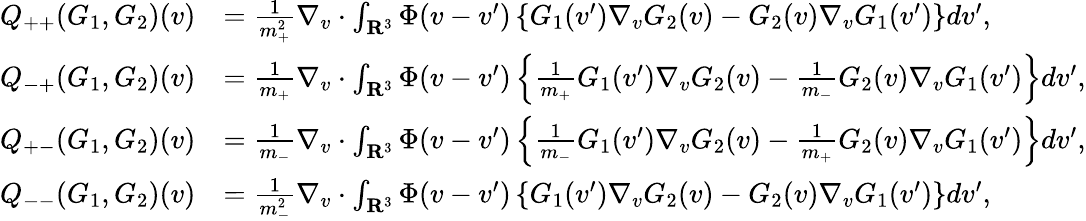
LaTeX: \begin{array}{rl}{Q_{++}(G_{1},G_{2})(v)}&{=\frac{1}{m_{+}^{2}}\nabla_{v}\cdot\int_{\mathbf R^{3}}\Phi(v-v^{\prime})\left\{ G_{1}(v^{\prime})\nabla_{v}G_{2}(v)-G_{2}(v)\nabla_{v}G_{1}(v^{\prime})\right\} dv^{\prime},}\\ {Q_{-+}(G_{1},G_{2})(v)}&{=\frac{1}{m_{+}}\nabla_{v}\cdot\int_{\mathbf R^{3}}\Phi(v-v^{\prime})\left\{ \frac{1}{m_{+}}G_{1}(v^{\prime})\nabla_{v}G_{2}(v)-\frac{1}{m_{-}}G_{2}(v)\nabla_{v}G_{1}(v^{\prime})\right\} dv^{\prime},}\\ {Q_{+-}(G_{1},G_{2})(v)}&{=\frac{1}{m_{-}}\nabla_{v}\cdot\int_{\mathbf R^{3}}\Phi(v-v^{\prime})\left\{ \frac{1}{m_{-}}G_{1}(v^{\prime})\nabla_{v}G_{2}(v)-\frac{1}{m_{+}}G_{2}(v)\nabla_{v}G_{1}(v^{\prime})\right\} dv^{\prime},}\\ {Q_{--}(G_{1},G_{2})(v)}&{=\frac{1}{m_{-}^{2}}\nabla_{v}\cdot\int_{\mathbf R^{3}}\Phi(v-v^{\prime})\left\{ G_{1}(v^{\prime})\nabla_{v}G_{2}(v)-G_{2}(v)\nabla_{v}G_{1}(v^{\prime})\right\} dv^{\prime},}\end{array}